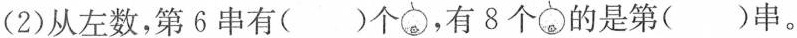
(2)从左数，第6串有( )个，有8个的是第( )串。